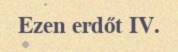
Ezen erdőt IV.